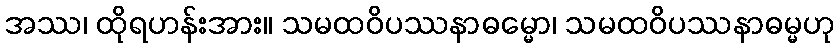
အဿ၊ ထိုရဟန်းအား။ သမထဝိပဿနာဓမ္မော၊ သမထဝိပဿနာဓမ္မဟု